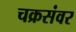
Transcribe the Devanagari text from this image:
चक्रसंवर